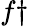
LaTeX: f\dagger